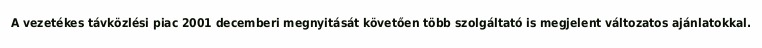
A vezetékes távközlési piac 2001 decemberi megnyitását követően több szolgáltató is megjelent változatos ajánlatokkal.